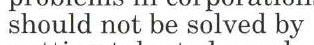
should not be solved by